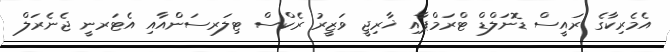
އެމެރިކާގެ ރައީސް ޑޮނަލްޑް ޓްރަމްޕާއި ޚާރިޖީ ވަޒީރު ރެކްސް ޓިލަރސަންއާއި އެޓަރނީ ޖެނެރަލް